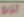
أتابع